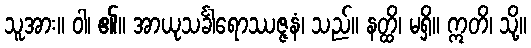
သူအား။ ဝါ၊ ၏။ အာယုသင်္ခါရောဿဇ္ဇနံ၊ သည်။ နတ္ထိ၊ မရှိ။ ဣတိ၊ သို့။